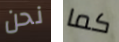
نحن كما